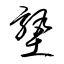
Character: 塾